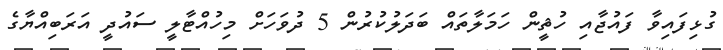
ގުޅިފައިވާ ފައުޖާއި ހުޘީން ހަމަލާތައް ބަދަލުކުރުން 5 ދުވަހަށް މިހުއްޓާލީ ސައުދީ އަރަބިއްޔާގެ